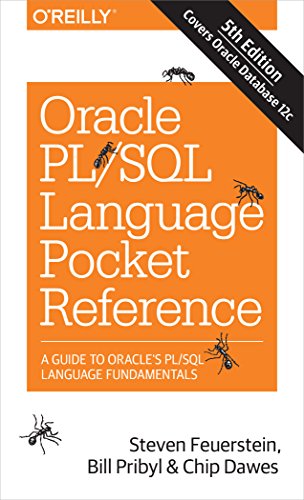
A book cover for Oracle PL/SQL Language Pocket Reference; Steven Feuerstein; Computers & Technology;